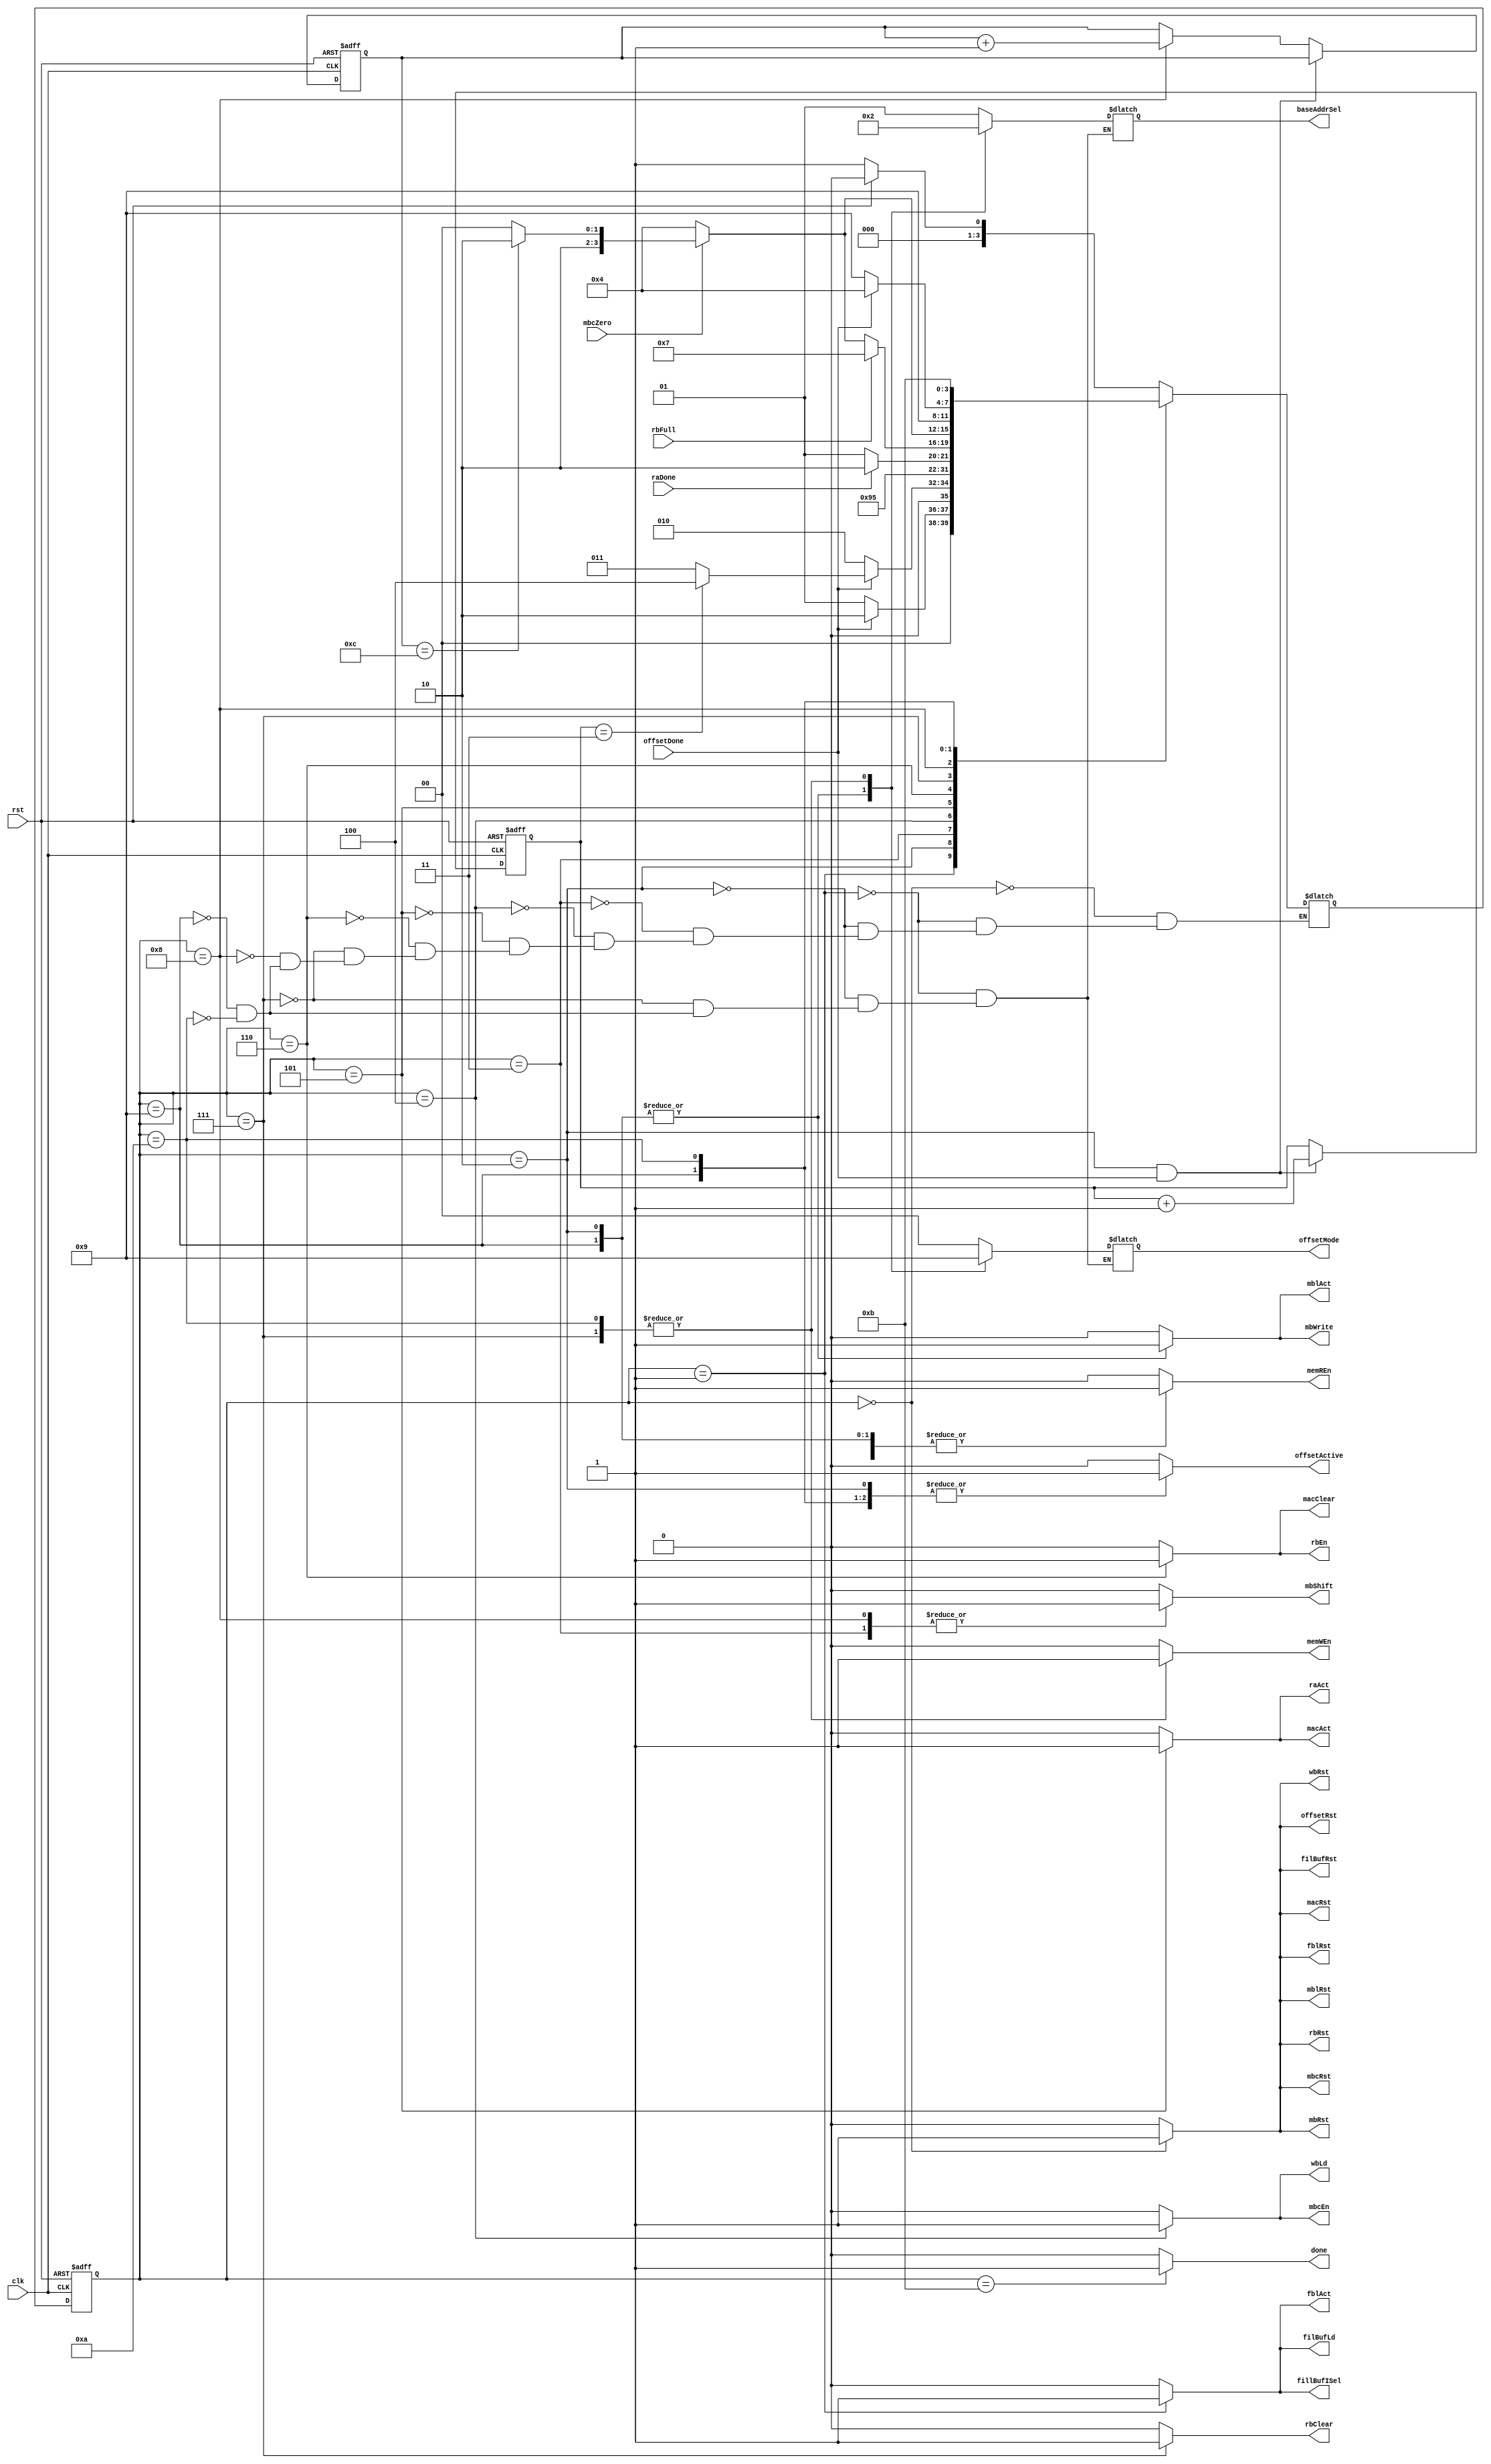
`define IDEL                4'd0
`define LOAD_FILTER         4'd1
`define INITIAL_BUFFER_LOAD 4'd2
`define INITIAL_SHIFT       4'd3
`define WINDOW_LOAD         4'd4 
`define CALC                4'd5
`define STORE_RES_BUF       4'd6
`define STORE_TO_MEM        4'd7
`define SHIFT_UPDATE        4'd8
`define BUFFER_LOAD_UPDATE  4'd9
`define LAST_STORING        4'd10
`define DONE                4'd11

module Controller(clk, rst, offsetDone, mbcZero, raDone, rbFull,
                  offsetActive, offsetMode, offsetRst, baseAddrSel,
                  memREn, memWEn, fblRst, fblAct, filBufRst, filBufLd, fillBufISel,
                  mbRst, mbShift, mbWrite, mblRst, mblAct, mbcRst, mbcEn, macClear, rbClear,
                  wbRst, wbLd, raAct, macRst, macAct, rbRst, rbEn, done);

    input wire[0:0] clk, rst, offsetDone, mbcZero, raDone, rbFull;

    output reg[0:0] offsetActive, offsetRst, memREn, memWEn, fblRst, fblAct, filBufRst, filBufLd, fillBufISel,
                    mbRst, mbShift, mbWrite, mblRst, mblAct, mbcRst, mbcEn, macClear, rbClear,
                    wbRst, wbLd, raAct, macRst, macAct, rbRst, rbEn, done;
    output reg[1:0] offsetMode, baseAddrSel;

    reg[3:0] ps, ns;
    reg[1:0] initial_cnt;
    reg[3:0] update_cnt;

    always @(posedge clk, posedge rst) begin
        if(rst) begin 
            ps <= `IDEL; 
            initial_cnt <= 2'b0; 
            update_cnt  <= 4'b0;
            end
        else begin
            ps <= ns;
            if(ps == `INITIAL_BUFFER_LOAD && offsetDone == 1'b1) initial_cnt <= initial_cnt + 1;
            else if(ps == `SHIFT_UPDATE) update_cnt <= update_cnt + 1;
        end
    end

    always @(*) begin
        case(ps)
            `IDEL : ns = (rst) ? `IDEL : `LOAD_FILTER;
            `LOAD_FILTER : ns = (offsetDone) ? `INITIAL_BUFFER_LOAD : `LOAD_FILTER;
            `INITIAL_BUFFER_LOAD : ns = (offsetDone == 1'b1) ? (initial_cnt == 2'd3) ? `WINDOW_LOAD : `INITIAL_SHIFT : `INITIAL_BUFFER_LOAD;
            `INITIAL_SHIFT : ns = `INITIAL_BUFFER_LOAD;
            `WINDOW_LOAD : ns = `CALC;
            `CALC : ns = (raDone) ? `STORE_RES_BUF : `CALC;
            `STORE_RES_BUF : ns = (rbFull) ? `STORE_TO_MEM : (mbcZero) ? (update_cnt == 4'd12) ? `LAST_STORING : `SHIFT_UPDATE : `WINDOW_LOAD;
            `STORE_TO_MEM : ns = (mbcZero) ? (update_cnt == 4'd12) ? `LAST_STORING : `SHIFT_UPDATE : `WINDOW_LOAD;
            `SHIFT_UPDATE : ns = `BUFFER_LOAD_UPDATE;
            `BUFFER_LOAD_UPDATE : ns = (offsetDone) ? `WINDOW_LOAD : `BUFFER_LOAD_UPDATE;
            `LAST_STORING : ns = `DONE;
        endcase
    end

    always @(*) begin
        offsetActive = 1'b0; offsetRst = 1'b0;
        memREn = 1'b0; memWEn = 1'b0; fblRst = 1'b0; fblAct = 1'b0; filBufRst = 1'b0; filBufLd = 1'b0; fillBufISel = 1'b0;
        mbRst = 1'b0; mbShift = 1'b0; mbWrite = 1'b0; mblRst = 1'b0; mblAct = 1'b0; mbcRst = 1'b0; mbcEn = 1'b0; rbClear = 1'b0;
        wbRst = 1'b0; wbLd = 1'b0; raAct = 1'b0; macRst = 1'b0; macAct = 1'b0; rbRst = 1'b0; rbEn = 1'b0; done = 1'b0; macClear = 1'b0;
        case(ps)
            `IDEL : begin
                offsetRst = 1'b1;
                fblRst    = 1'b1;
                filBufRst = 1'b1;
                mbRst     = 1'b1;
                mbcRst    = 1'b1;
                mblRst    = 1'b1;
                wbRst     = 1'b1;
                macRst    = 1'b1;
                rbRst     = 1'b1;
            end
            `LOAD_FILTER : begin
                offsetActive = 1'b1;
                offsetMode   = 2'b00; // reading filter
                baseAddrSel  = 2'b01; // base from y register
                memREn       = 1'b1;
                fblAct       = 1'b1;
                filBufLd     = 1'b1;
                fillBufISel  = 1'b1;
            end
            `INITIAL_BUFFER_LOAD : begin
                offsetActive = 1'b1;
                offsetMode   = 2'b10; // reading one line of picture from memory
                baseAddrSel  = 2'b00; // base from x register
                memREn       = 1'b1;
                mbWrite      = 1'b1;
                mblAct       = 1'b1;
            end
            `INITIAL_SHIFT : begin
                mbShift = 1'b1;
            end
            `WINDOW_LOAD : begin
                wbLd  = 1'b1;
                mbcEn = 1'b1;
            end
            `CALC : begin
                raAct  = 1'b1;
                macAct = 1'b1;
            end
            `STORE_RES_BUF : begin
                rbEn     = 1'b1;
                macClear = 1'b1;
            end
            `STORE_TO_MEM : begin
                offsetActive = 1'b1;
                offsetMode   = 2'b01; // get writing data offset
                baseAddrSel  = 2'b10; // base from z register
                memWEn       = 1'b1;
                rbClear      = 1'b1;
            end
            `SHIFT_UPDATE : begin
                mbShift = 1'b1;
            end
            `BUFFER_LOAD_UPDATE : begin
                offsetActive = 1'b1;
                offsetMode   = 2'b10; // reading one line of picture from memory
                baseAddrSel  = 2'b00; // base from x register
                memREn       = 1'b1;
                mbWrite      = 1'b1;
                mblAct       = 1'b1;
            end
            `LAST_STORING : begin
                offsetActive = 1'b1;
                offsetMode   = 2'b01; // get writing data offset
                baseAddrSel  = 2'b10; // base from z register
                memWEn       = 1'b1;
            end
            `DONE : begin
                done = 1'b1;
            end
        endcase
    end

endmodule